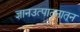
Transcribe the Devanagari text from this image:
ज्ञानउत्पादनातून